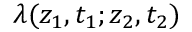
\lambda ( z _ { 1 } , t _ { 1 } ; z _ { 2 } , t _ { 2 } )